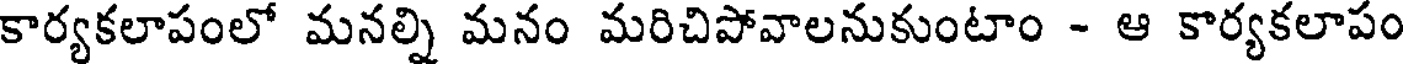
కార్యకలాపంలో మనల్ని మనం మరిచిపోవాలనుకుంటాం - ఆ కార్యకలాపం